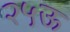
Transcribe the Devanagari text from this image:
२५ऊ